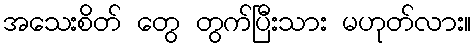
အသေးစိတ် တွေ တွက်ပြီးသား မဟုတ်လား။